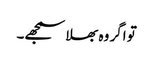
تو اگر وہ بھلا سمجھے۔